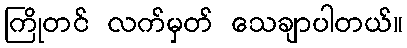
ကြိုတင် လက်မှတ် သေချာပါတယ်။